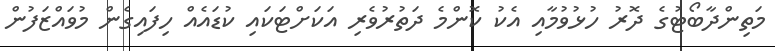
މަތިންދާބޯޓުގެ ދޮރު ހުޅުވުމާއި އެކު ކޮންމެ ދަތުރުވެރި އަކަށްޓަކައި ކުޑައެއް ހިފައިގެން މުވައްޒަފުން